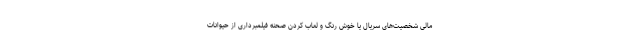
مالی شخصیت‌های سریال یا خوش رنگ و لعاب کردن صحنه فیلمبرداری از حیوانات